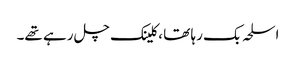
اسلحہ بک رہا تھا ، کلینک چل رہے تھے۔